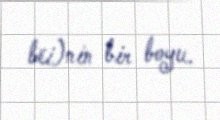
bēi)nin bir boyu.